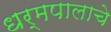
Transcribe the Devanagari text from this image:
धर्मपालाचे